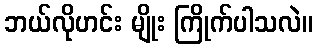
ဘယ်လိုဟင်း မျိုး ကြိုက်ပါသလဲ။